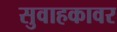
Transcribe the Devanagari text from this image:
सुवाहकावर